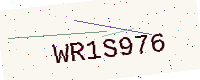
Text: WR1S976